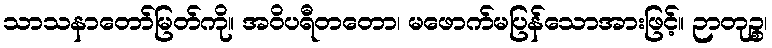
သာသနာတော်မြတ်ကို။ အဝိပရီတတော၊ မဖောက်မပြန်သောအားဖြင့်။ ဉာတုဉ္စ၊